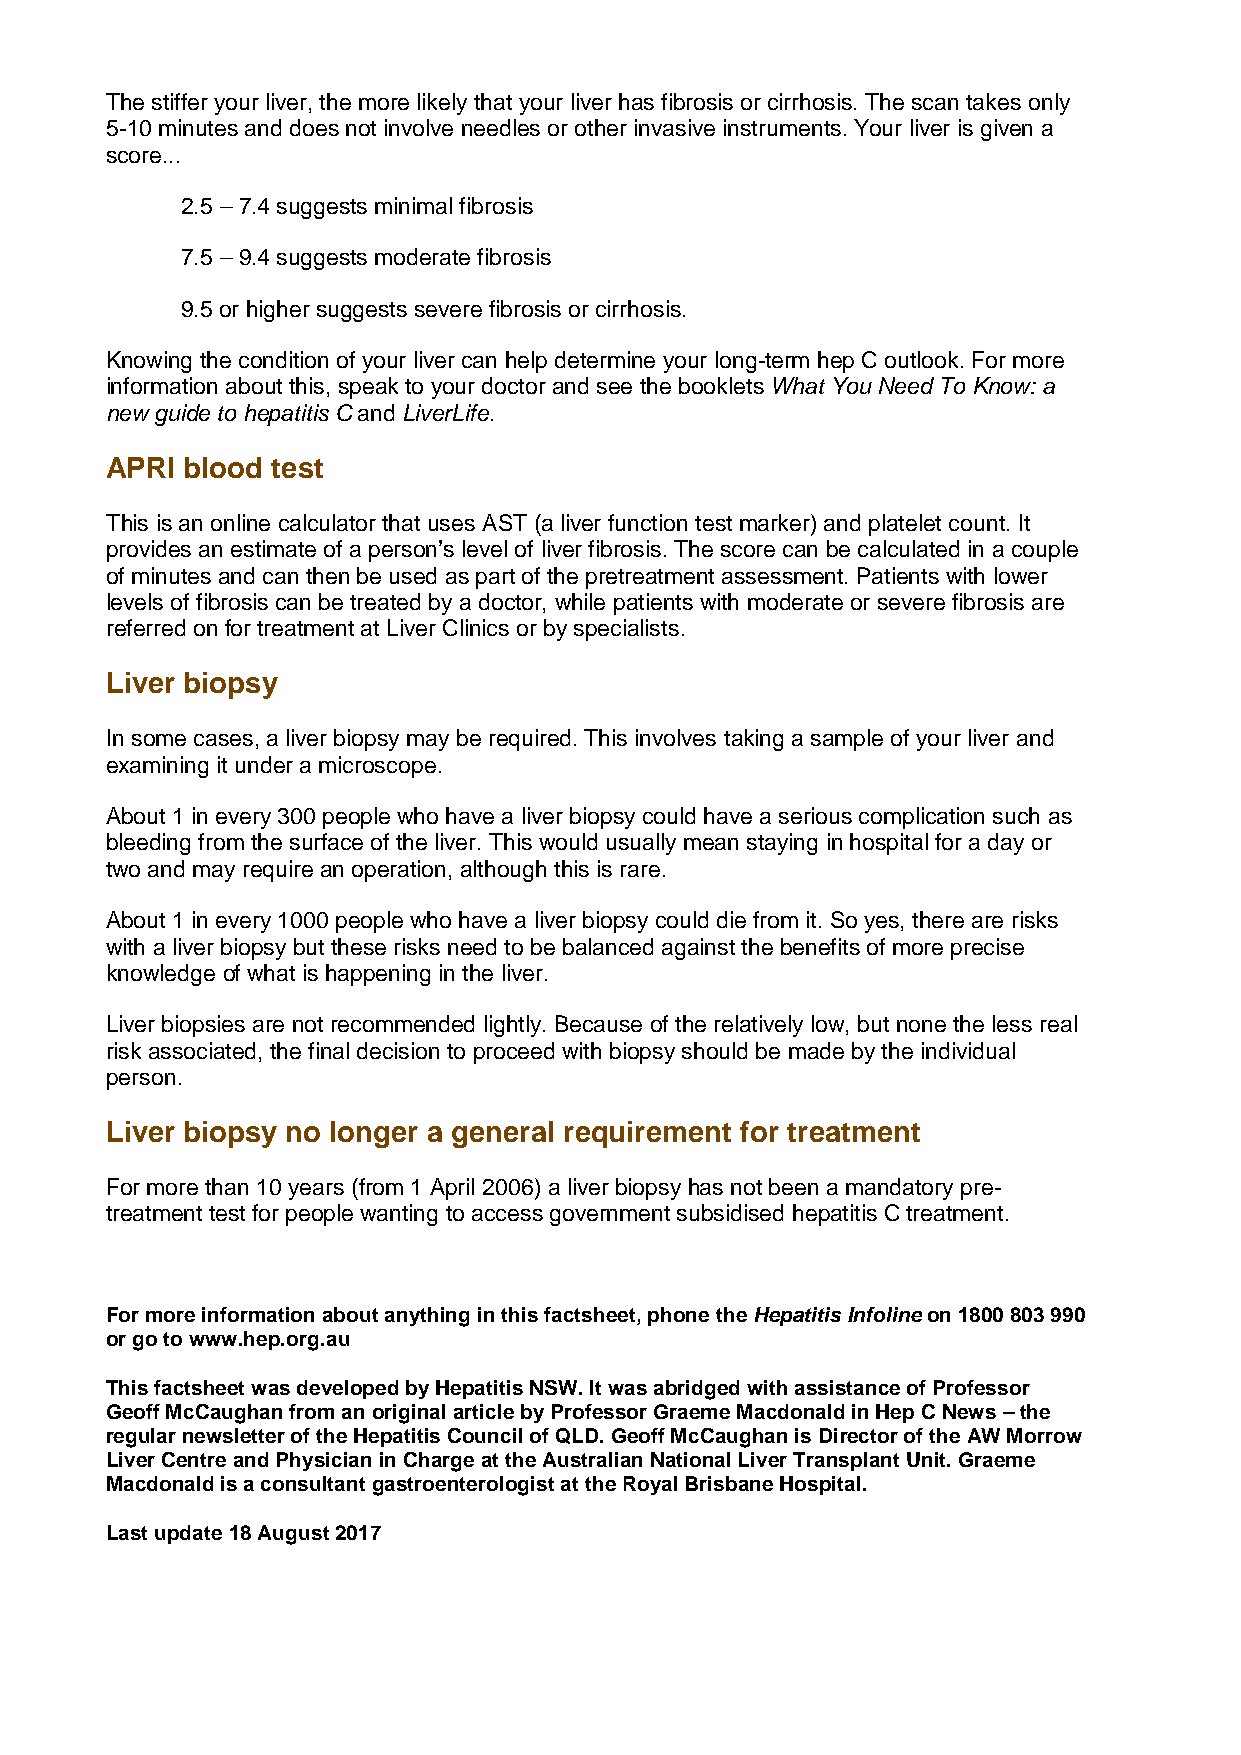
The stiffer your liver, the more likely that your liver has fibrosis or cirrhosis. The scan takes only
 5-10 minutes and does not involve needles or other invasive instruments. Your liver is given a
 score...
 2.5 – 7.4 suggests minimal fibrosis
 7.5 – 9.4 suggests moderate fibrosis
 9.5 or higher suggests severe fibrosis or cirrhosis.
 Knowing the condition of your liver can help determine your long-term hep C outlook. For more
 information about this, speak to your doctor and see the booklets What You Need To Know: a
 new guide to hepatitis C and LiverLife.
 APRI blood test
 This is an online calculator that uses AST (a liver function test marker) and platelet count. It
 provides an estimate of a person’s level of liver fibrosis. The score can be calculated in a couple
 of minutes and can then be used as part of the pretreatment assessment. Patients with lower
 levels of fibrosis can be treated by a doctor, while patients with moderate or severe fibrosis are
 referred on for treatment at Liver Clinics or by specialists.
 Liver biopsy
 In some cases, a liver biopsy may be required. This involves taking a sample of your liver and
 examining it under a microscope.
 About 1 in every 300 people who have a liver biopsy could have a serious complication such as
 bleeding from the surface of the liver. This would usually mean staying in hospital for a day or
 two and may require an operation, although this is rare.
 About 1 in every 1000 people who have a liver biopsy could die from it. So yes, there are risks
 with a liver biopsy but these risks need to be balanced against the benefits of more precise
 knowledge of what is happening in the liver.
 Liver biopsies are not recommended lightly. Because of the relatively low, but none the less real
 risk associated, the final decision to proceed with biopsy should be made by the individual
 person.
 Liver biopsy no longer a general requirement for treatment
 For more than 10 years (from 1 April 2006) a liver biopsy has not been a mandatory pre-
 treatment test for people wanting to access government subsidised hepatitis C treatment.
 For more information about anything in this factsheet, phone the Hepatitis Infoline on 1800 803 990
 or go to www.hep.org.au
 This factsheet was developed by Hepatitis NSW. It was abridged with assistance of Professor
 Geoff McCaughan from an original article by Professor Graeme Macdonald in Hep C News – the
 regular newsletter of the Hepatitis Council of QLD. Geoff McCaughan is Director of the AW Morrow
 Liver Centre and Physician in Charge at the Australian National Liver Transplant Unit. Graeme
 Macdonald is a consultant gastroenterologist at the Royal Brisbane Hospital.
 Last update 18 August 2017